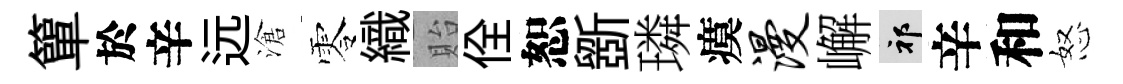
簞於辛远滄零織貽佺恕斵璘瘼漫嶰祁辛和怒